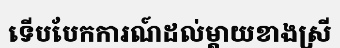
ទើបបែកការណ៍ដល់ម្តាយខាងស្រី